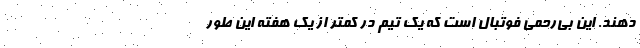
دهند. این بی‌رحمی فوتبال است که یک تیم در کمتر از یک هفته این طور